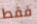
فقط